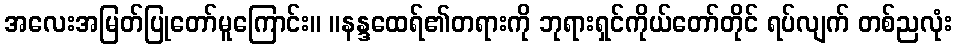
အလေးအမြတ်ပြုတော်မူကြောင်း။ ။နန္ဒထေရ်၏တရားကို ဘုရားရှင်ကိုယ်တော်တိုင် ရပ်လျက် တစ်ညလုံး